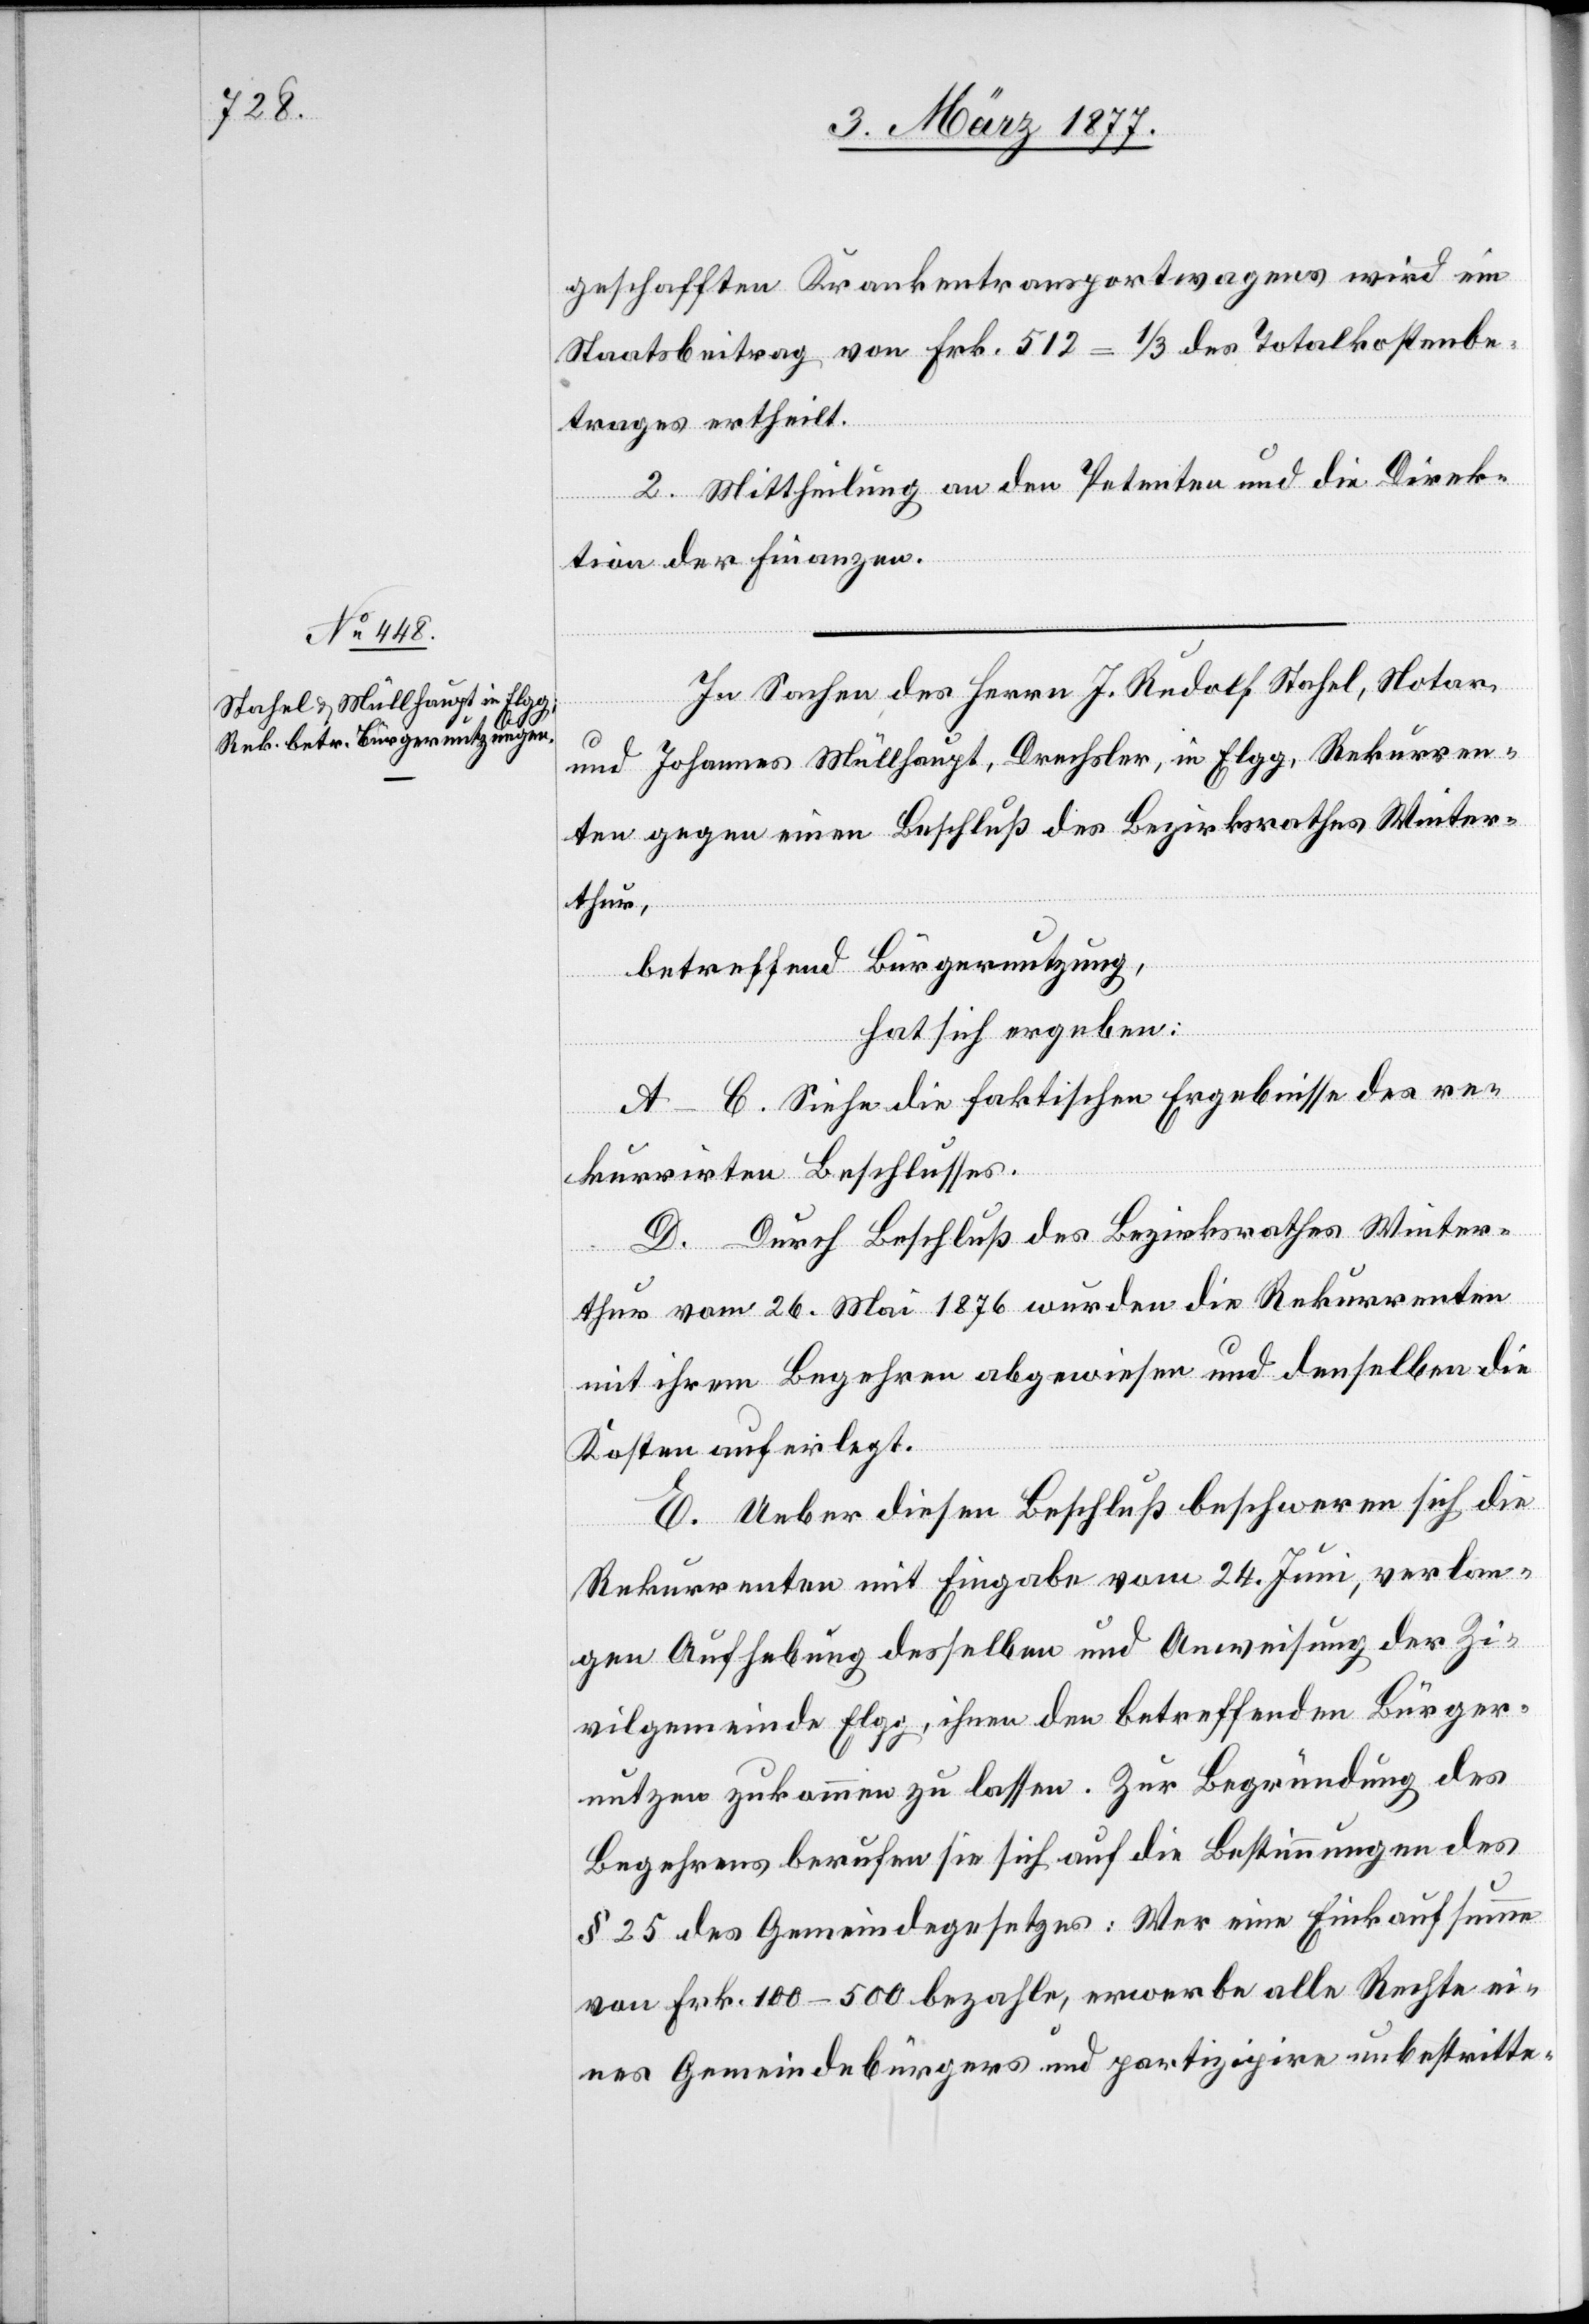
geschafften Krankentransportwagens wird ein
Staatsbeitrag von Frk. 512 = 1/3 des Totalkostenbe¬
trages ertheilt.
2. Mittheilung an den Petenten und die Direk¬
tion der Finanzen.
In Sachen des Herrn J. Rudolf Stadel, Notar
und Johannes Müllhaupt, Drechsler, in Elgg, Rekurren¬
ten gegen einen Beschluß des Bezirksrathes Winter¬
thur,
betreffend Bürgernutzung,
hat sich ergeben:
A–C. Siehe die faktischen Ergebnisse des re¬
kurrirten Beschlusses.
D. Durch Beschluß des Bezirksrathes Winter¬
thur vom 26. Mai. 1876 wurden die Rekurrenten
mit ihrem Begehren abgewiesen und denselben die
Kosten auferlegt.
E. Ueber diesen Beschluß beschweren sich die
Rekurrenten mit Eingabe vom 24. Juni, verlan¬
gen Aufhebung desselben und Anweisung der Zi¬
vilgemeinde Elgg, ihnen den betreffenden Bürger¬
nutzen zukommen zu lassen. Zur Begründung des
Begehrens berufen sie sich auf die Bestimmungen des
§ 25 des Gemeindegesetzes: Wer eine Einkaufsumme
von Frk. 100–500 bezahle, erwerbe alle Rechte ei¬
nes Gemeindebürgers und partizipire unbestritte-